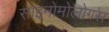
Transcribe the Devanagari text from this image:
साइनोमोलोगस